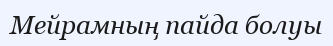
Мейрамның пайда болуы